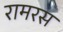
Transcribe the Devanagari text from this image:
रामरस